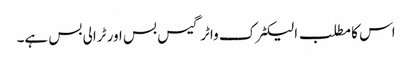
اس کا مطلب الیکٹرک واٹر گیس بس اور ٹرالی بس ہے۔